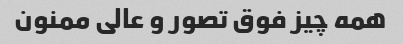
همه چیز فوق تصور و عالی ممنون